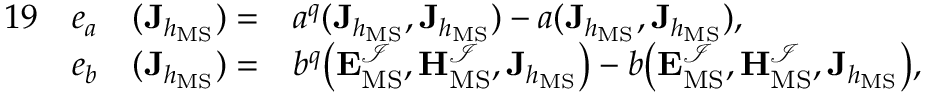
\begin{array} { r l r l } { { 1 9 } } & { e _ { a } } & { ( \mathbf { J } _ { h _ { \mathrm { M S } } } ) = } & { a ^ { q } ( \mathbf { J } _ { h _ { \mathrm { M S } } } , \mathbf { J } _ { h _ { \mathrm { M S } } } ) - a ( \mathbf { J } _ { h _ { \mathrm { M S } } } , \mathbf { J } _ { h _ { \mathrm { M S } } } ) , } \\ & { e _ { b } } & { ( \mathbf { J } _ { h _ { \mathrm { M S } } } ) = } & { b ^ { q } \big ( \mathbf { E } _ { \mathrm { M S } } ^ { \mathcal { I } } , \mathbf { H } _ { \mathrm { M S } } ^ { \mathcal { I } } , \mathbf { J } _ { h _ { \mathrm { M S } } } \big ) - b \big ( \mathbf { E } _ { \mathrm { M S } } ^ { \mathcal { I } } , \mathbf { H } _ { \mathrm { M S } } ^ { \mathcal { I } } , \mathbf { J } _ { h _ { \mathrm { M S } } } \big ) , } \end{array}